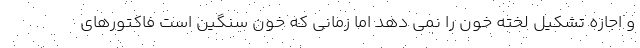
و اجازه تشکیل لخته خون را نمی دهد اما زمانی که خون سنگین است فاکتورهای